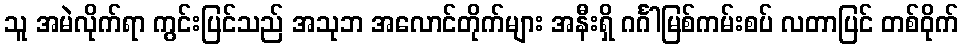
သူ အမဲလိုက်ရာ ကွင်းပြင်သည် အသုဘ အလောင်တိုက်များ အနီးရှိ ဂင်္ဂါမြစ်ကမ်းစပ် လတာပြင် တစ်ဝိုက်